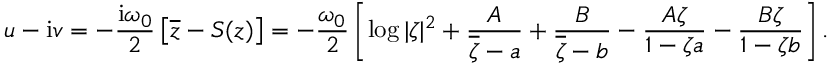
u - \mathrm { i } v = - { \frac { \mathrm { i } \omega _ { 0 } } { 2 } } \left[ \overline { { z } } - S ( z ) \right] = - { \frac { \omega _ { 0 } } { 2 } } \left[ \log | \zeta | ^ { 2 } + { \frac { A } { \overline { { \zeta } } - a } } + { \frac { B } { \overline { { \zeta } } - b } } - { \frac { A \zeta } { 1 - \zeta a } } - { \frac { B \zeta } { 1 - \zeta b } } \right] .